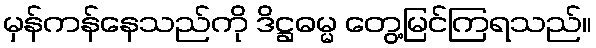
မှန်ကန်နေသည်ကို ဒိဋ္ဌဓမ္မ တွေ့မြင်ကြရသည်။